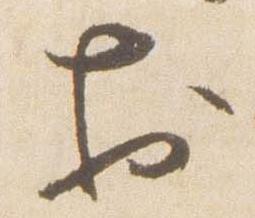
於